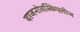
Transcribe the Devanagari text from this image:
वाजनोवस्किएलीज